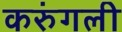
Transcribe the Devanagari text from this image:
करुंगली